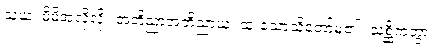
သယံ၊ မိမိအလိုလို။ အဘိညာအဘိညာယ၊ ထူးသောသိတော်မူ၏။ သစ္ဆိကတွာ၊